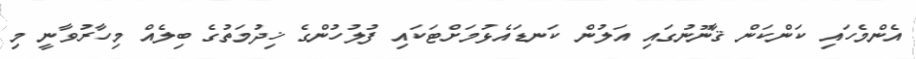
އެންމެހައި ކަންކަން ޤާނޫނުގައި އަލުން ކަނޑައެޅުމަށްޓަކައި ފުލުހުންގެ ޚިދުމަތުގެ ބިލެއް މިހާރުވާނީ މި